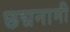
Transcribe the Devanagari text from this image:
छद्मनामी